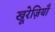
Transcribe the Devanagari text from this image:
खू़रेज़ियाँ